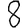
Digit: 8